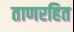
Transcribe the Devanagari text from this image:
ताणरहित